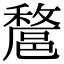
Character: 𨝟